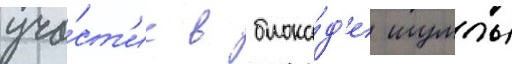
уча́ст'ие в блока́д'е шумлы